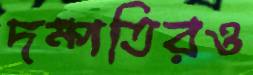
দম্পতিরও